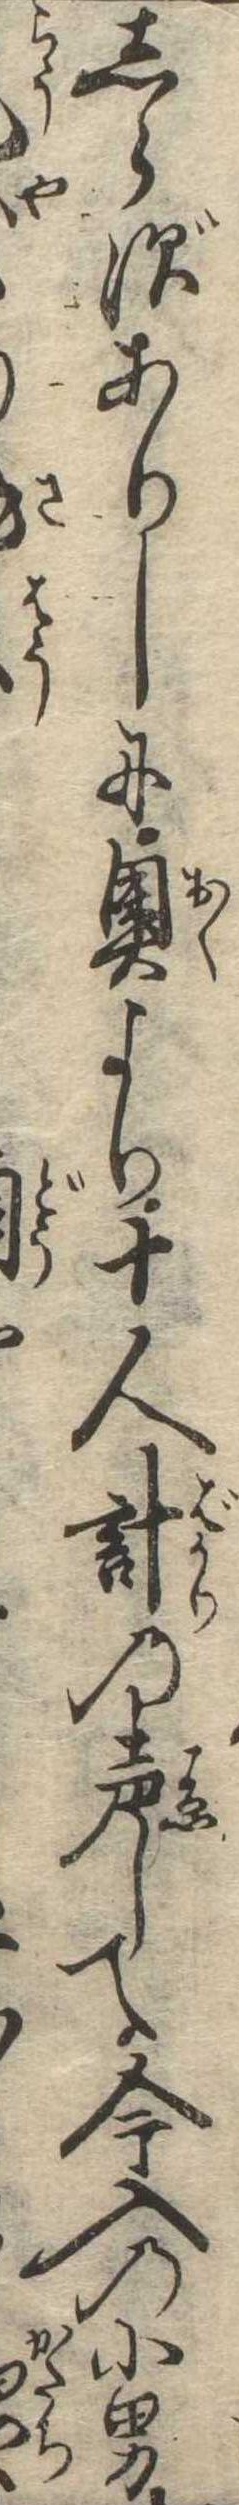
しらずありしに奥より十人計の声して今入の小男